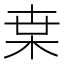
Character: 枽